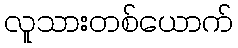
လူသားတစ်ယောက်